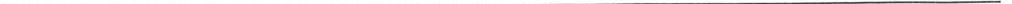
___